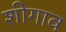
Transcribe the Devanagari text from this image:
शीगाव